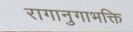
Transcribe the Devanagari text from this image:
रागानुगाभक्ति